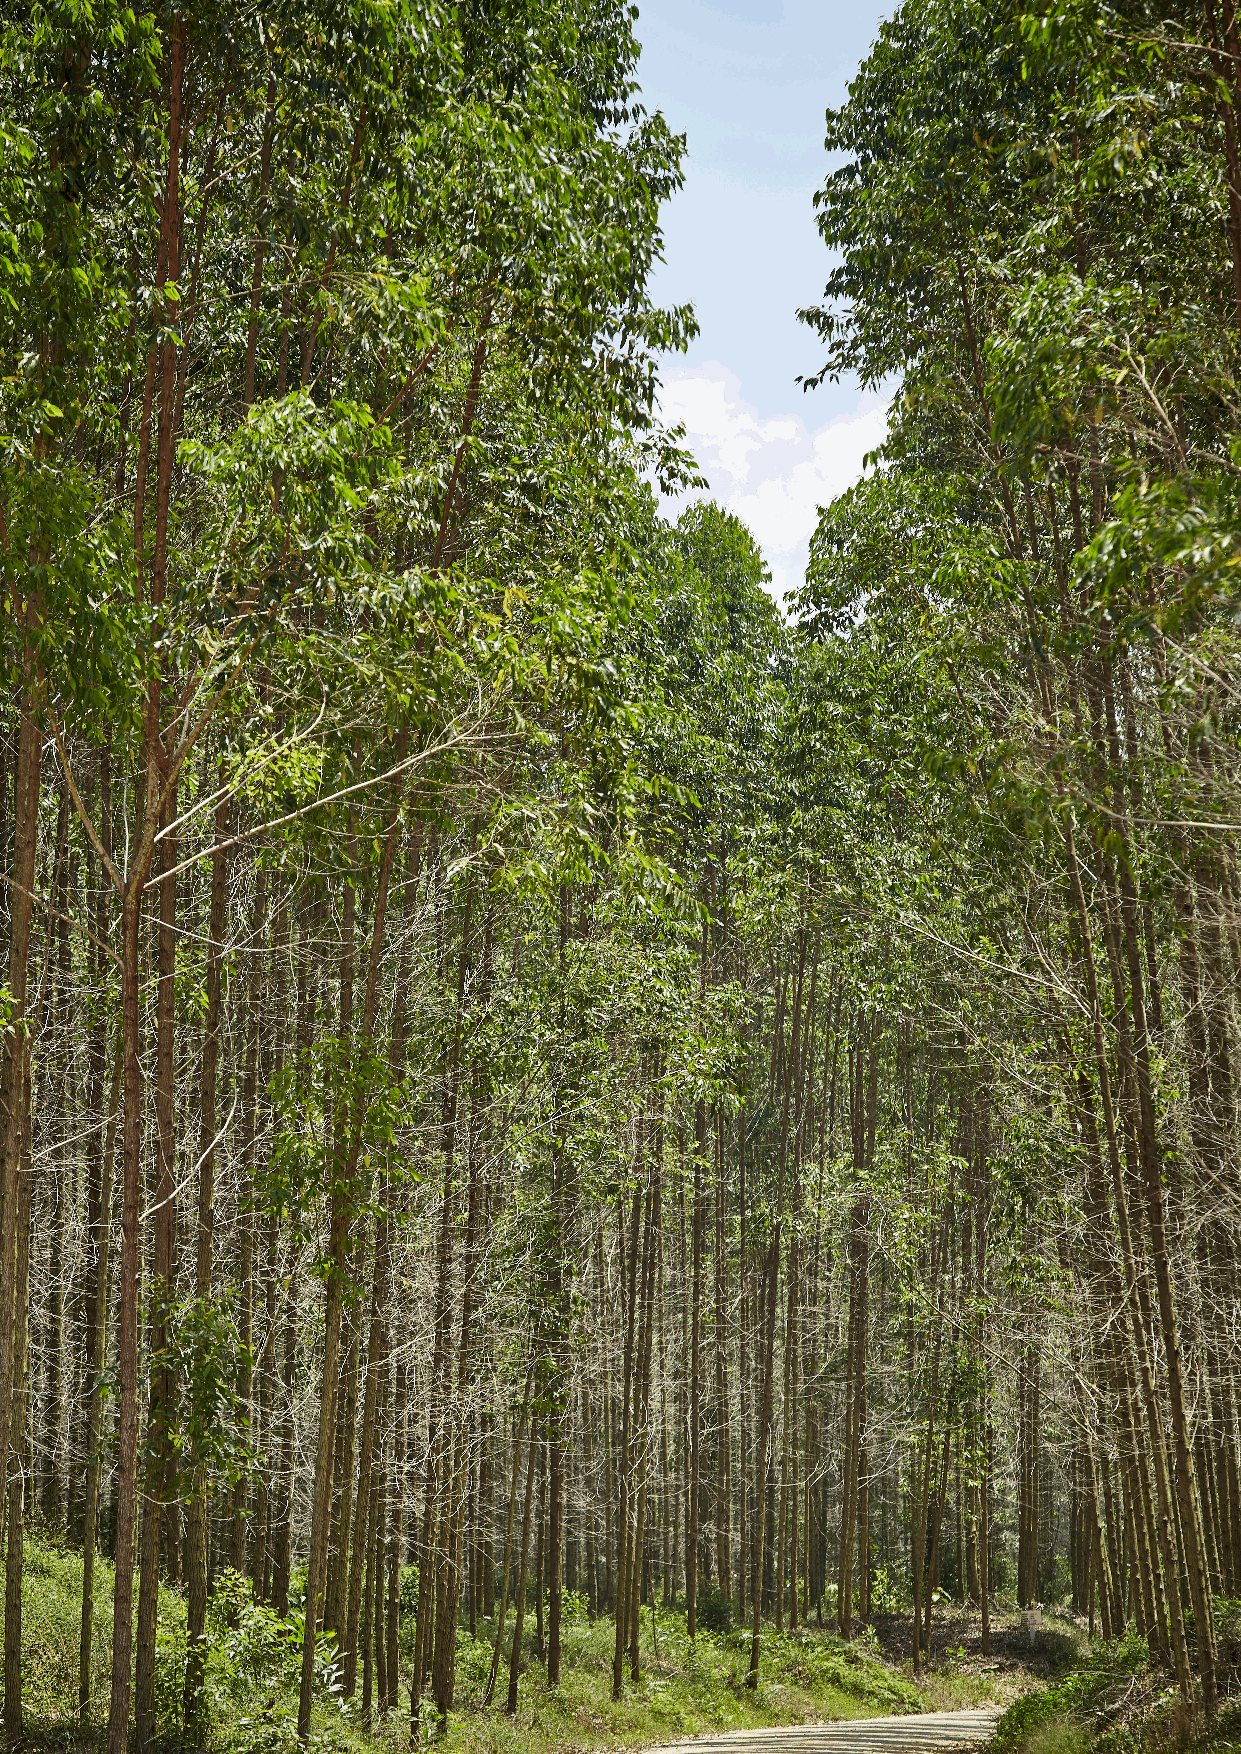
Section 3          Section 4           Section 5          Section 6
 Strategy           Production          Forest             People
 21